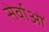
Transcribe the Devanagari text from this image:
सेर्वाओं